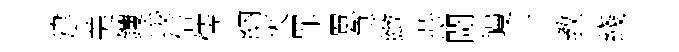
建美钁峻倍儒納夾罪罳急緻蕊閜幔丅教綫